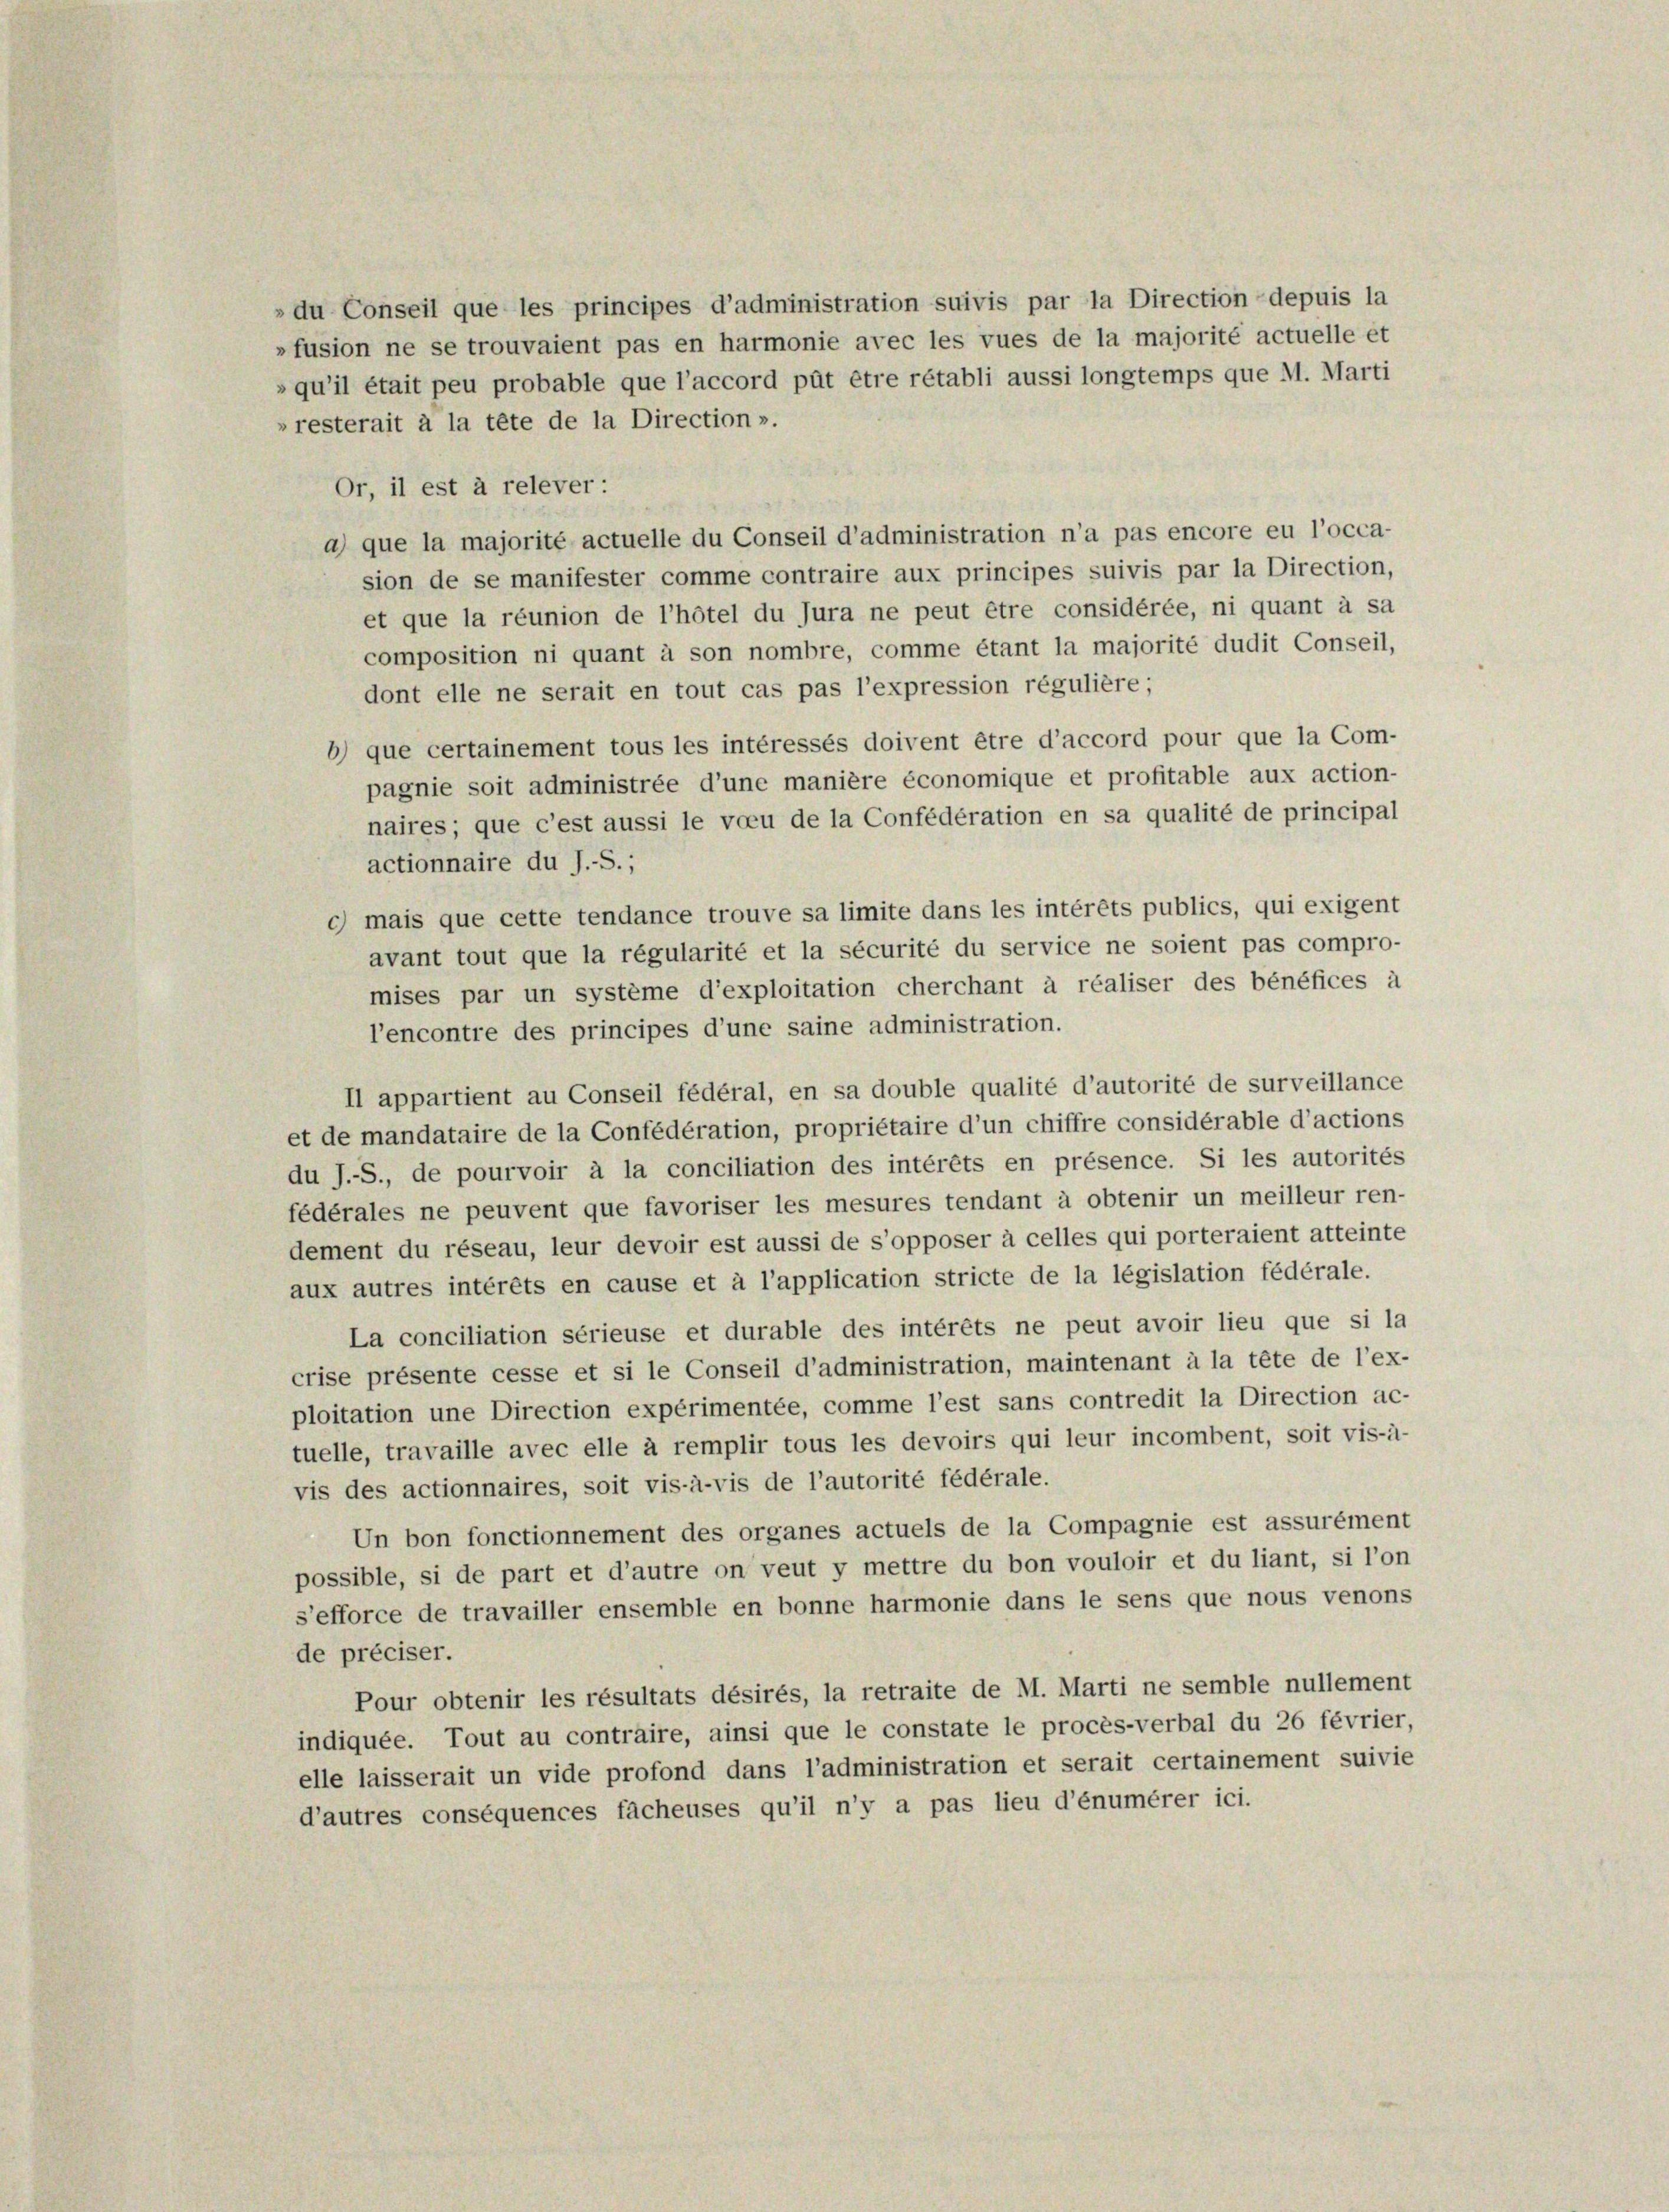
»resterait à la tête de la Direction ».
Or, il est à relever:
a que la majorité actuelle du Conseil d’administration n’a pas encore eu l’occa-
sion de se manifester comme contraire aux principes suivis par la Direction,
et que la réunion de l’hôtel du Jura ne peut être considérée, ni quant à sa
composition ni quant à son nombre, comme étant la majorité dudit Conseil,
dont elle ne serait en tout cas pas l’expression régulière ;
b) que certainement tous les intéressés doivent être d’accord pour que la Com-
pagnie soit administrée d’une manière économique et profitable aux action-
naires; que c’est aussi le voeu de la Confédération en sa qualité de principal
actionnaire du J.-S.;
c) mais que cette tendance trouve sa limite dans les intérêts publics, qui exigent
avant tout que la régularité et la sécurité du service ne soient pas compro-
mises par un système d’exploitation cherchant à réaliser des bénéfices à
l’encontre des principes d’une saine administration.
Il appartient au Conseil fédéral, en sa double qualité d’autorité de surveillance
et de mandataire de la Confédération, propriétaire d’un chiffre considérable d’actions
du J.-S., de pourvoir à la conciliation des intérêts en présence. Si les autorités
fédérales ne peuvent que favoriser les mesures tendant à obtenir un meilleur ren-
dement du réseau, leur devoir est aussi de s’opposer à celles qui porteraient atteinte
aux autres intérêts en cause et à l’application stricte de la législation fédérale.
La conciliation sérieuse et durable des intérêts ne peut avoir lieu que si la
crise présente cesse et si le Conseil d’administration, maintenant à la tête de l’ex-
ploitation une Direction expérimentée, comme l’est sans contredit la Direction ac-
tuelle, travaille avec elle à remplir tous les devoirs qui leur incombent, soit vis-à-
vis des actionnaires, soit vis-à-vis de l’autorité fédérale.
Un bon fonctionnement des organes actuels de la Compagnie est assurément
possible, si de part et d’autre on veut y mettre du bon vouloir et du liant, si l’on
s’efforce de travailler ensemble en bonne harmonie dans le sens que nous venons
de préciser.
Pour obtenir les résultats désirés, la retraite de M. Marti ne semble nullement
indiquée. Tout au contraire, ainsi que le constate le procès-verbal du 26 février,
elle laisserait un vide profond dans l’administration et serait certainement suivie
d’autres conséquences facheuses qu’il n’y a pas lieu d’énumérer ici.

» du Conseil que les principes d’administration suivis par la Direction depuis la
»fusion ne se trouvaient pas en harmonie avec les vues de la majorité actuelle et
»qu’il était peu probable que l’accord püt être rétabli aussi longtemps que M. Marti